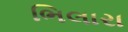
ભિલારા